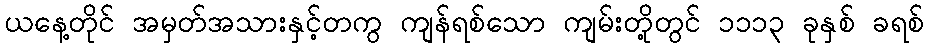
ယနေ့တိုင် အမှတ်အသားနှင့်တကွ ကျန်ရစ်သော ကျမ်းတို့တွင် ၁၁၁၃ ခုနှစ် ခရစ်